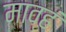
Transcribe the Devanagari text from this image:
माव्हं